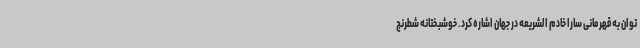
توان به قهرمانی سارا خادم الشریعه در جهان اشاره کرد. خوشبختانه شطرنج